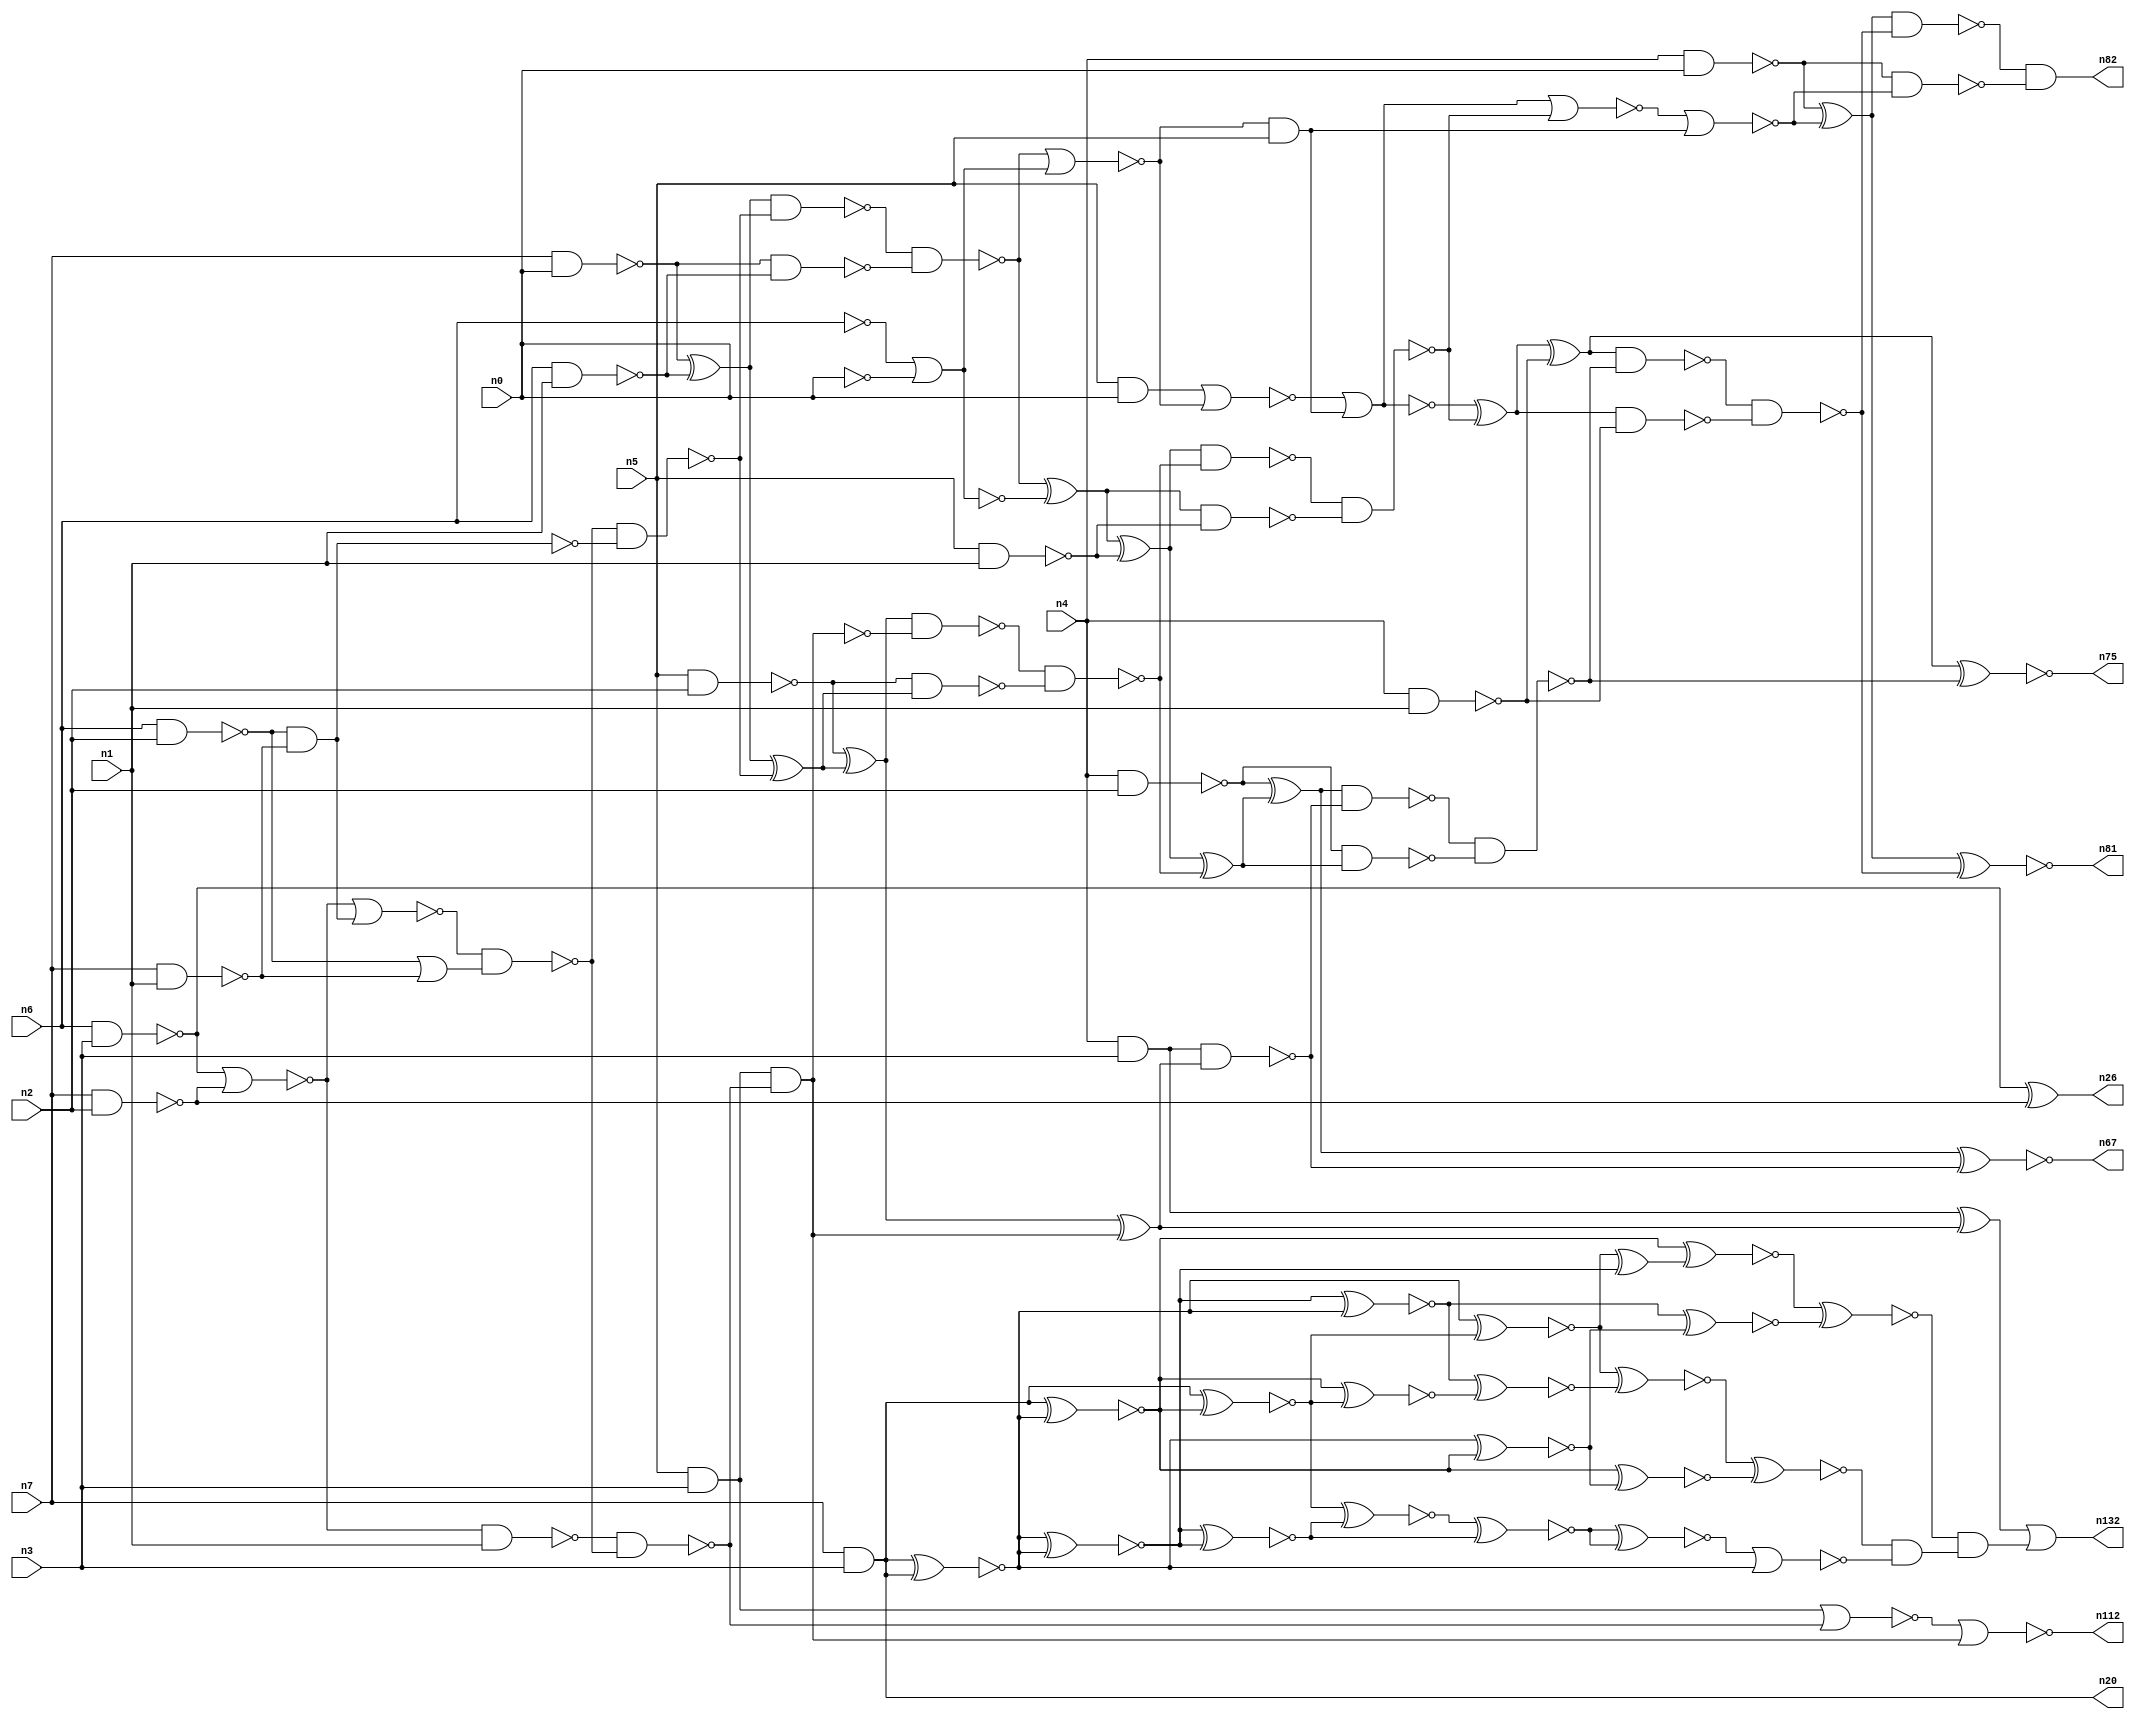
// This file contains a pareto-optimal circuit with respect to delay and the fault-resilince parameter p_fault which is defined as:
// "For all input vectors, the ratio of the no. of faults observable at the POs to the no. of total possible faults in the circuit".
// This code is part of the ReCkt library (https://github.com/umar-afzaal/ReCkt) distributed under The MIT License.
// When used, please cite the following article(s):
// U. Afzaal, A.S. Hassan, M. Usman and J.A. Lee, "On the Evolutionary Synthesis of Increased Fault-resilience Arithmetic Circuits".

// p_fault = 65.2 %    (Lower is better)
// gates = 108.0
// levels = 17
// area = 143.12    (For MCNC library relative to nand2)
// power = 930.0 uW    (Berkely-SIS for MCNC library @ Vdd=5V and 20 MHz clock)
// delay = 22.8 ns    (Berkely-ABC for MCNC library)
// PDP = 2.1204e-11 J

// Pin mapping:
// {n0, n1, n2, n3} = A[3:0]
// {n4, n5, n6, n7} = B[3:0]
// {n82, n81, n75, n67, n132, n112, n26, n20} = O[7:0]

module mult4u_delay_4 (
n0, n1, n2, n3, n4, n5, n6, n7, 
n82, n81, n75, n67, n132, n112, n26, n20
);

input n0, n1, n2, n3, n4, n5, n6, n7;
output n82, n81, n75, n67, n132, n112, n26, n20;
wire n95, n16, n73, n77, n41, n40, n108, n38, n78, n76, n46, n50, n51, n83, n15, n66, n111, n36, n35, n18, 
n99, n32, n13, n21, n103, n101, n64, n92, n94, n57, n65, n115, n90, n33, n10, n17, n70, n93, n96, n97, 
n131, n61, n19, n58, n68, n24, n74, n44, n62, n60, n28, n89, n91, n59, n80, n100, n27, n105, n79, n69, 
n104, n45, n71, n98, n25, n14, n43, n8, n88, n126, n86, n39, n34, n37, n130, n31, n125, n42, n48, n52, 
n56, n54, n12, n63, n30, n22, n110, n85, n11, n49, n29, n9, n72, n47, n55, n53, n23, n87, n102, n84;

not (n8, n0);
nand (n9, n6, n2);
nand (n10, n5, n1);
nand (n11, n4, n2);
nand (n12, n7, n2);
nand (n13, n4, n0);
nand (n14, n7, n1);
and (n15, n5, n0);
nand (n16, n4, n3);
nand (n17, n6, n3);
and (n18, n5, n3);
nand (n19, n6, n1);
and (n20, n7, n3);
nand (n21, n4, n1);
not (n22, n6);
nand (n23, n7, n0);
nand (n24, n5, n2);
xor (n25, n23, n19);
xor (n26, n17, n12);
and (n27, n9, n14);
or (n28, n9, n14);
nand (n29, n23, n19);
not (n30, n16);
nor (n31, n22, n8);
nor (n32, n17, n12);
not (n33, n27);
nor (n34, n32, n27);
not (n35, n31);
nand (n36, n32, n1);
nand (n37, n34, n28);
nand (n38, n36, n37);
nand (n39, n37, n33);
nand (n40, n18, n38);
nor (n41, n18, n38);
nand (n42, n25, n39);
xor (n43, n25, n39);
nand (n44, n24, n43);
xor (n45, n24, n43);
nand (n46, n42, n29);
not (n47, n40);
xor (n48, n45, n47);
nand (n49, n45, n40);
xor (n50, n46, n31);
nor (n51, n41, n47);
nor (n52, n46, n35);
nor (n53, n15, n52);
xor (n54, n50, n10);
nand (n55, n50, n10);
xor (n56, n30, n48);
and (n57, n52, n5);
nand (n58, n30, n48);
nand (n59, n49, n44);
xor (n60, n54, n59);
nand (n61, n54, n59);
nor (n62, n53, n57);
not (n63, n62);
nand (n64, n11, n60);
xor (n65, n11, n60);
nand (n66, n61, n55);
xnor (n67, n65, n58);
nor (n68, n63, n66);
xor (n69, n62, n66);
nand (n70, n65, n58);
xor (n71, n69, n21);
nand (n72, n69, n21);
nand (n73, n70, n64);
nor (n74, n68, n57);
xnor (n75, n71, n73);
nand (n76, n71, n73);
xor (n77, n13, n74);
nand (n78, n13, n74);
nand (n79, n76, n72);
nand (n80, n77, n79);
xnor (n81, n77, n79);
and (n82, n80, n78);
xnor (n83, n20, n20);
xnor (n84, n20, n20);
xnor (n85, n20, n83);
xnor (n86, n20, n20);
xnor (n87, n20, n20);
xnor (n88, n87, n20);
xnor (n89, n20, n20);
xnor (n90, n20, n88);
xnor (n91, n20, n86);
xnor (n92, n84, n87);
xnor (n93, n83, n85);
xnor (n94, n92, n89);
xnor (n95, n20, n91);
xnor (n96, n89, n83);
xnor (n97, n85, n95);
xnor (n98, n84, n90);
xnor (n99, n92, n96);
xnor (n100, n94, n97);
xnor (n101, n94, n93);
xnor (n102, n98, n100);
xor (n103, n98, n96);
xnor (n104, n91, n93);
xnor (n105, n88, n103);
xnor (n108, n105, n101);
xnor (n110, n90, n99);
xnor (n111, n102, n104);
and (n112, n51, n51);
xnor (n115, n110, n99);
xnor (n125, n115, n115);
nor (n126, n125, n86);
and (n130, n111, n126);
and (n131, n108, n130);
or (n132, n56, n131);

endmodule